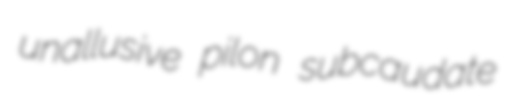
unallusive pilon subcaudate